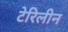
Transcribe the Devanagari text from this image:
टेरिलीन